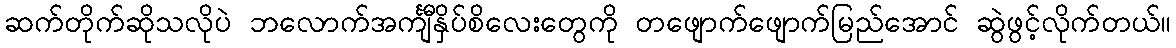
ဆက်တိုက်ဆိုသလိုပဲ ဘလောက်အင်္ကျီနှိပ်စိလေးတွေကို တဖျောက်ဖျောက်မြည်အောင် ဆွဲဖွင့်လိုက်တယ်။